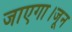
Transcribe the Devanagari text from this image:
जाएगा।जून